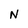
Character: N